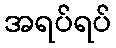
အရပ်ရပ်